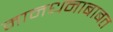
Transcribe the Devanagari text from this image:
मानधनाबाबत